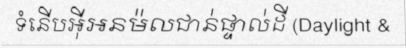
ទំនើបអ៊ីអនម៉លជាន់ផ្ទាល់ដី (Daylight &